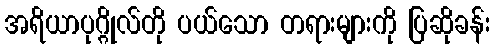
အရိယာပုဂ္ဂိုလ်တို ပယ်သော တရားများကို ပြဆိုခန်း